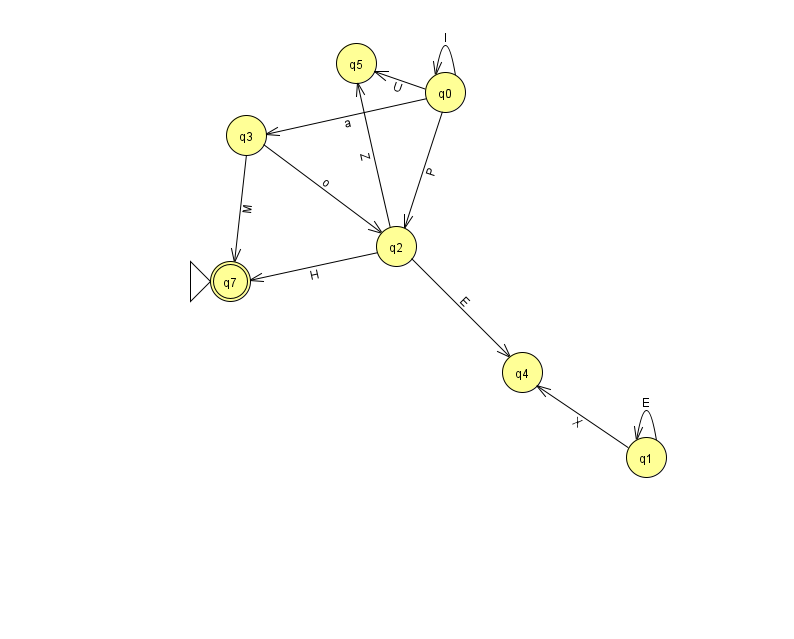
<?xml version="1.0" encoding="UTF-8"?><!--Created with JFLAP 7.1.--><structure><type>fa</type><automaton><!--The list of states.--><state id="0" name="q0"><x>445.0</x><y>79.0</y></state><state id="1" name="q1"><x>646.0</x><y>444.0</y></state><state id="2" name="q2"><x>396.0</x><y>233.0</y></state><state id="3" name="q3"><x>246.0</x><y>122.0</y></state><state id="4" name="q4"><x>522.0</x><y>359.0</y></state><state id="5" name="q5"><x>356.0</x><y>50.0</y></state><state id="7" name="q7"><x>230.0</x><y>268.0</y><initial/><final/></state><!--The list of transitions.--><transition><from>0</from><to>2</to><read>P</read></transition><transition><from>1</from><to>4</to><read>X</read></transition><transition><from>0</from><to>3</to><read>a</read></transition><transition><from>1</from><to>1</to><read>E</read></transition><transition><from>2</from><to>5</to><read>Z</read></transition><transition><from>0</from><to>5</to><read>U</read></transition><transition><from>2</from><to>4</to><read>E</read></transition><transition><from>3</from><to>2</to><read>o</read></transition><transition><from>0</from><to>0</to><read>l</read></transition><transition><from>3</from><to>7</to><read>M</read></transition><transition><from>2</from><to>7</to><read>H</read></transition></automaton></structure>